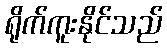
ရိုက်ကူးနိုင်သည်